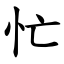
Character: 忙